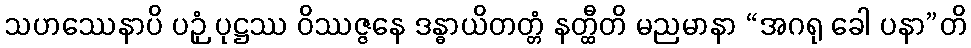
သဟဿေနာပိ ပဉှံ ပုဋ္ဌဿ ဝိဿဇ္ဇနေ ဒန္ဓာယိတတ္တံ နတ္ထီတိ မညမာနာ “အဂရု ခေါ ပနာ”တိ